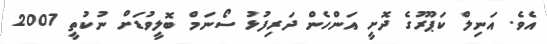
އެވެ. އަނިލް ކަޕޫރުގެ ދޮށީ އަންހެން ދަރިފުޅު ސޯނަމް ބޮލީވުޑަށް ނުކުތީ 2007